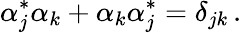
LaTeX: \alpha_{j}^{\ast}\alpha_{k}+\alpha_{k}\alpha_{j}^{\ast}=\delta_{jk}\, .